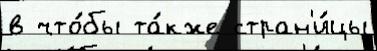
в что́бы та́кже стран'и́цы